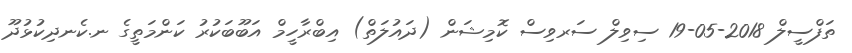
ތަފްސީލް 2018-05-19 ސިވިލް ސަރވިސް ކޮމިޝަން (ދައުލަތް) އިބްރާހީމް އަބޫބަކުރު ކަންމަތީގެ ނ.ކެނދިކުޅުދޫ